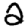
Digit: 2